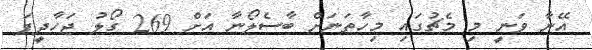
އޭނާ ވަނީ މި މެޗުގައި މިހާތަނަށް ބާސެލޯނާ އަށް 269 ގޯލު ޖަހާދީފަ